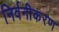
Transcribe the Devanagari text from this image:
निर्वनीकरण